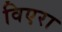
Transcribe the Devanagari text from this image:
विएरा